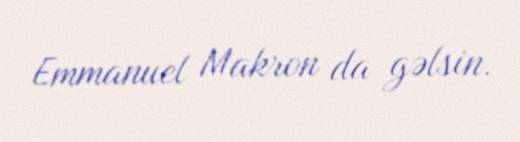
Emmanuel Makron da gəlsin.